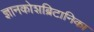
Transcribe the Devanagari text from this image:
ज्ञानकोशब्रिटानिका